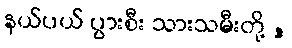
နယ်ပယ် ပွားစီး သားသမီးတို့ ,